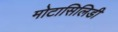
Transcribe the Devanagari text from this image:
मोटासिलिडी